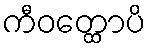
ကီဝတ္ထောပိ